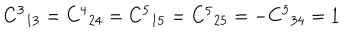
LaTeX: { C ^ { 3 } } _ { 1 3 } = { C ^ { 4 } } _ { 2 4 } = { C ^ { 5 } } _ { 1 5 } = { C ^ { 5 } } _ { 2 5 } = - { C ^ { 5 } } _ { 3 4 } = 1